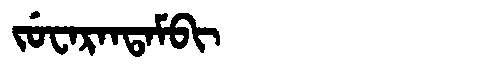
Manchu: ᠵᡠᠸᠠᡵᠠᠨᡨᠠᠮᠪᡳ
Romanization: JUWARANTAMBI